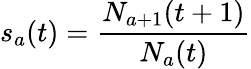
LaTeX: s_{a}(t)=\frac{N_{a+1}(t+1)}{N_{a}(t)}